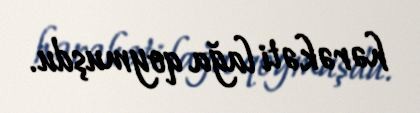
hərəkəti lağa qoymuşdu.